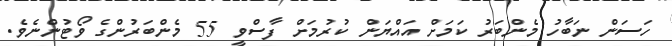
ހަސަން ނަބާހު މެންބަރު ކަމަށް އައްޔަން ކުރުމަށް ފާސްވީ 55 މެންބަރުންގެ ވޯޓުންނެވެ.